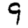
Digit: 9